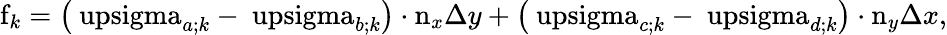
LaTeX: \mathrm{f}_{k}=\left(\mathrm{\ upsigma}_{a;k}-\mathrm{\ upsigma}_{b;k}\right)\cdot\mathrm{n}_{x}\Delta y+\left(\mathrm{\ upsigma}_{c;k}-\mathrm{\ upsigma}_{d;k}\right)\cdot\mathrm{n}_{y}\Delta x,